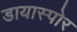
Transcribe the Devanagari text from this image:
डायास्पोर